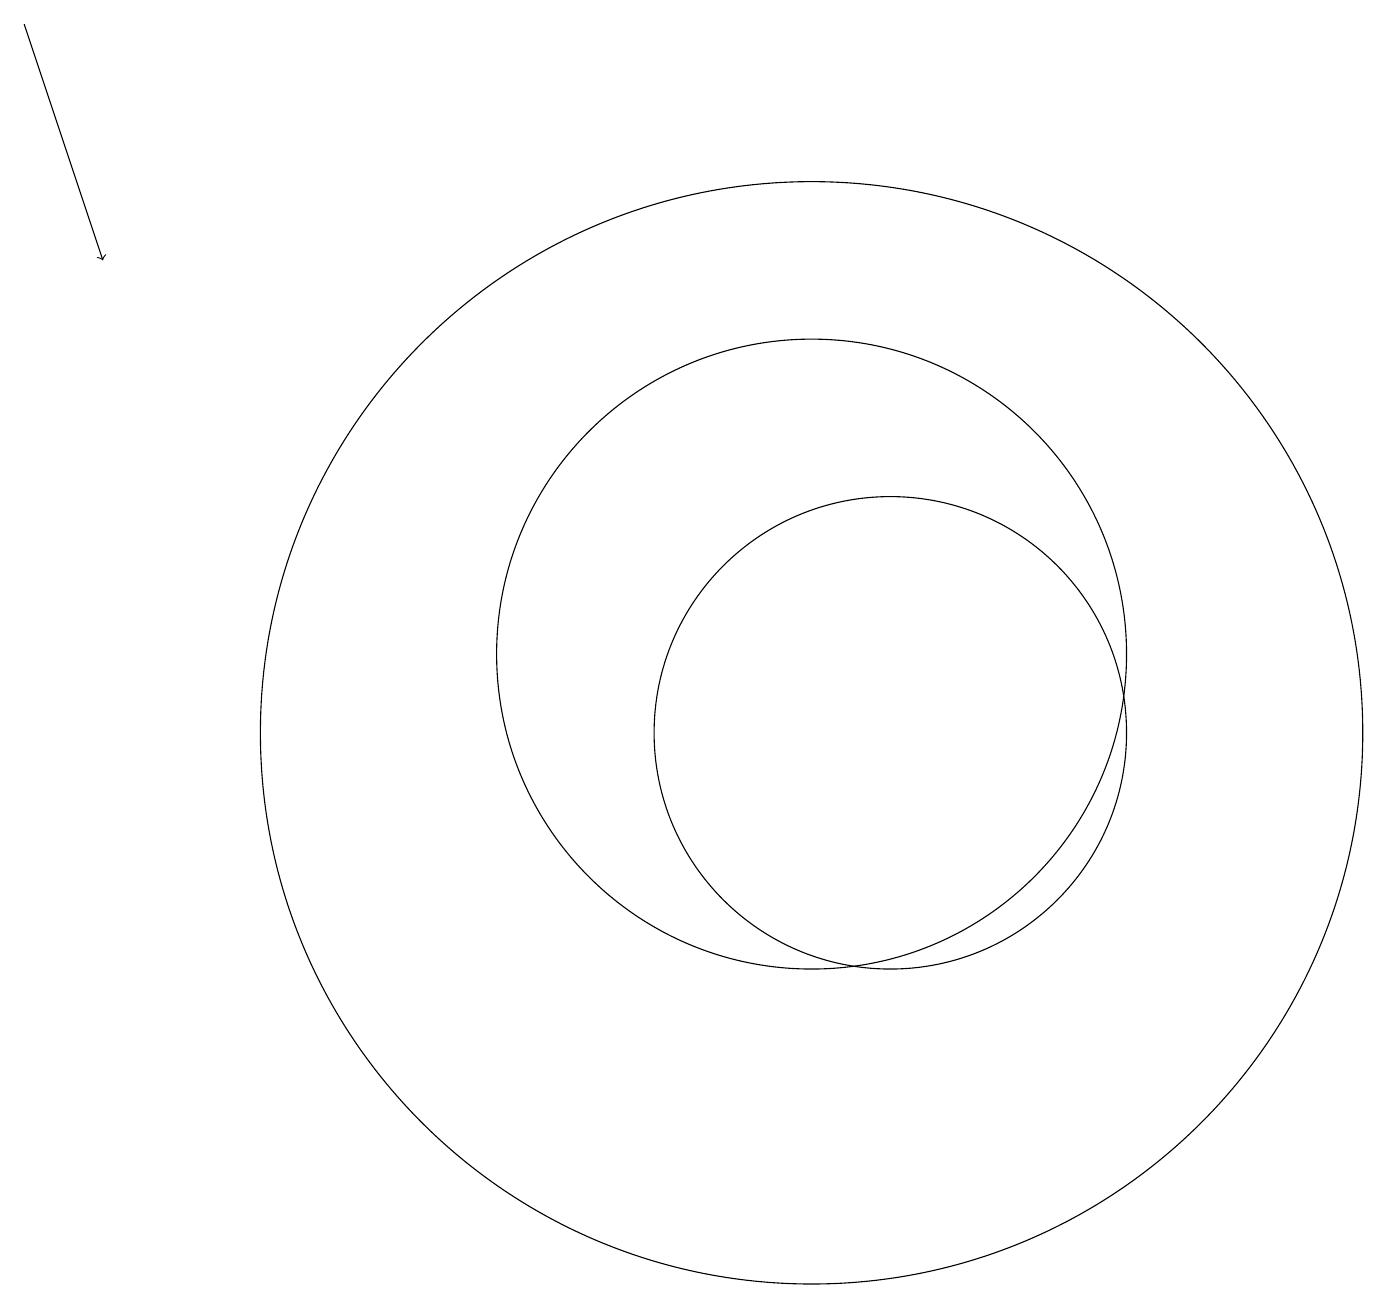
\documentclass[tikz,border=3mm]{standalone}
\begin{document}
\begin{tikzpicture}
\draw (10,11) circle (4);
\draw (11,10) circle (3);
\draw[->] (0,19) -- (1,16);
\draw (10,10) circle (7);
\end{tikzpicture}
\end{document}